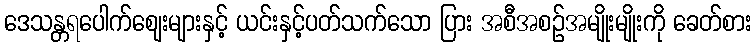
ဒေသန္တရပေါက်ဈေးများနှင့် ယင်းနှင့်ပတ်သက်သော ပြား အစီအစဉ်အမျိုးမျိုးကို ခေတ်စား